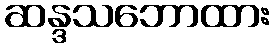
ဆန္ဒသဘောထား